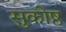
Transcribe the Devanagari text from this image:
सुकोष्ठ